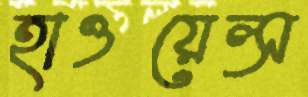
হাওয়েল্স